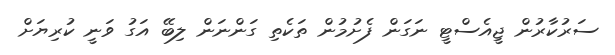
ސަރުކާރުން ޖީއެސްޓީ ނަގަން ފެށުމުން ތަކެތި ގަންނަން ލިބޭ އަގު ވަނީ ކުރިޔަށް